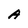
Character: A